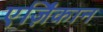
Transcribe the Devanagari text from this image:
एर्ज़िंकान